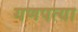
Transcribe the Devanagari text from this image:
गणपत्या